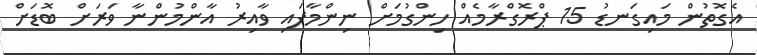
އެގޮތުން މައިގަނޑު 15 ޕްރޮގްރާމެއް ހިންގުމަށް ނިންމާފައި ވާއިރު އާންމުންނާ ވަރަށް ބޮޑަށް